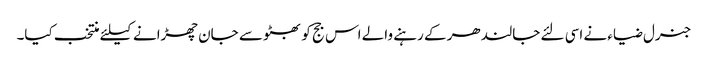
جنرل ضیاء نے اسی لئے جالندھر کے رہنے والے اس جج کو بھٹو سے جان چھڑانے کیلئے منتخب کیا۔